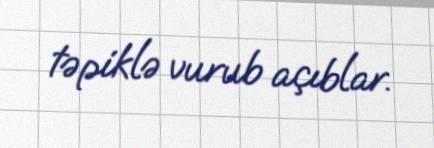
təpiklə vurub açıblar.